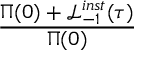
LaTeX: \frac { \Pi ( 0 ) + \mathcal { L } _ { - 1 } ^ { i n s t } ( \tau ) } { \Pi ( 0 ) }